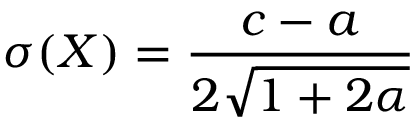
\sigma ( X ) = { \frac { c - a } { 2 { \sqrt { 1 + 2 \alpha } } } }